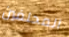
المحلفين